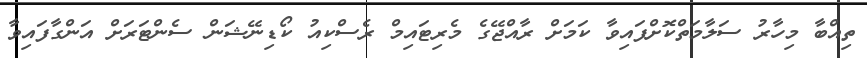
ތިއްބާ މިހާރު ސަލާމަތްކޮށްފައިވާ ކަމަށް ރާއްޖޭގެ މެރިޓައިމް ރެސްކިއު ކޯޑިނޭޝަން ސެންޓަރަށް އަންގާފައިވާ